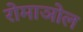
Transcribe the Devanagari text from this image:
रोमाञोल